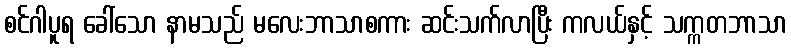
စင်ဂါပူရ ခေါ်သော နာမသည် မလေးဘာသာစကား ဆင်းသက်လာပြီး ကလယ်နှင့် သက္ကတဘာသာ